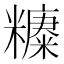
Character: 𱹧